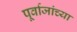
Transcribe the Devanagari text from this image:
पूर्वाजांच्या